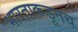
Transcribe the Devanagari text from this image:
भारताकडूनच